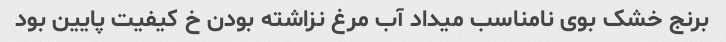
برنج خشک بوی نامناسب میداد آب مرغ نزاشته بودن خ کیفیت پایین بود